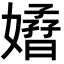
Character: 𡣁